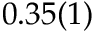
0 . 3 5 ( 1 )